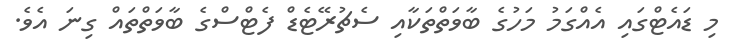
މި ޑައެޓްގައި އެއްގަމު މަހުގެ ބާވަތްތަކާއި ސެޗުރޭޓެޑް ފެޓްސްގެ ބާވަތްތައް ގިނަ އެވެ.